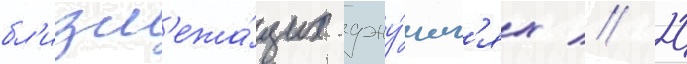
бл'изл'ежа́щих джу́нгл'ях // 20